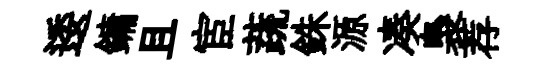
逶鏞且宦蔬銖源凑裊荐